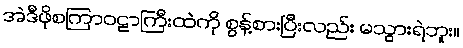
အဲဒီဖိုစကြာဝဠာကြီးထဲကို စွန့်စားပြီးလည်း မသွားရဲဘူး။